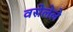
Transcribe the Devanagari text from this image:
वसेलेले